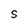
Character: S